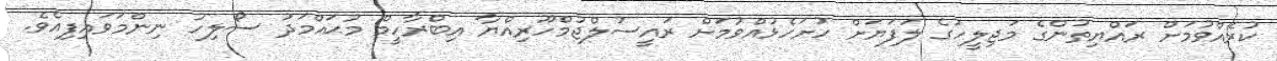
ކުރެއްވުމަށް ރައްޔިތުންގެ މަޖިލީހުގެ ލަފަޔަށް ހުށަހެޅުއްވުމަށް ރައީސުލްޖުމްހޫރިއްޔާ އިބްރާހީމް މުޙައްމަދު ސޯލިހު ނިންމަވައިފިއެވެ.